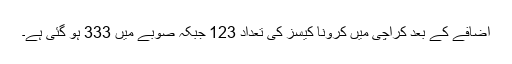
اضافے کے بعد کراچی میں کرونا کیسز کی تعداد 123 جبکہ صوبے میں 333 ہو گئی ہے۔